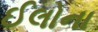
ઈલોના